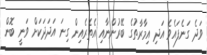
ވަދެ ގަނެފައެވެ އަދި އިމާރާތުގެ ބޭރުންނާއި އެތެރެއިން ގިނަ އަދަދަކަށް ވަނީ ބޮން